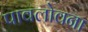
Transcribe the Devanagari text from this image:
पावलोवना